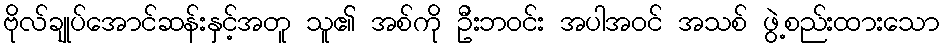
ဗိုလ်ချုပ်အောင်ဆန်းနှင့်အတူ သူ၏ အစ်ကို ဦးဘဝင်း အပါအဝင် အသစ် ဖွဲ့စည်းထားသော